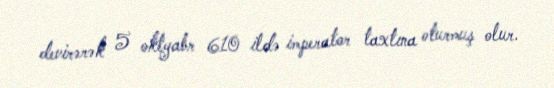
devirərək 5 oktyabr 610 ildə imperator taxtına oturmuş olur.